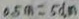
0 . 5 m = 5 d m